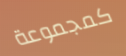
كمجموعة